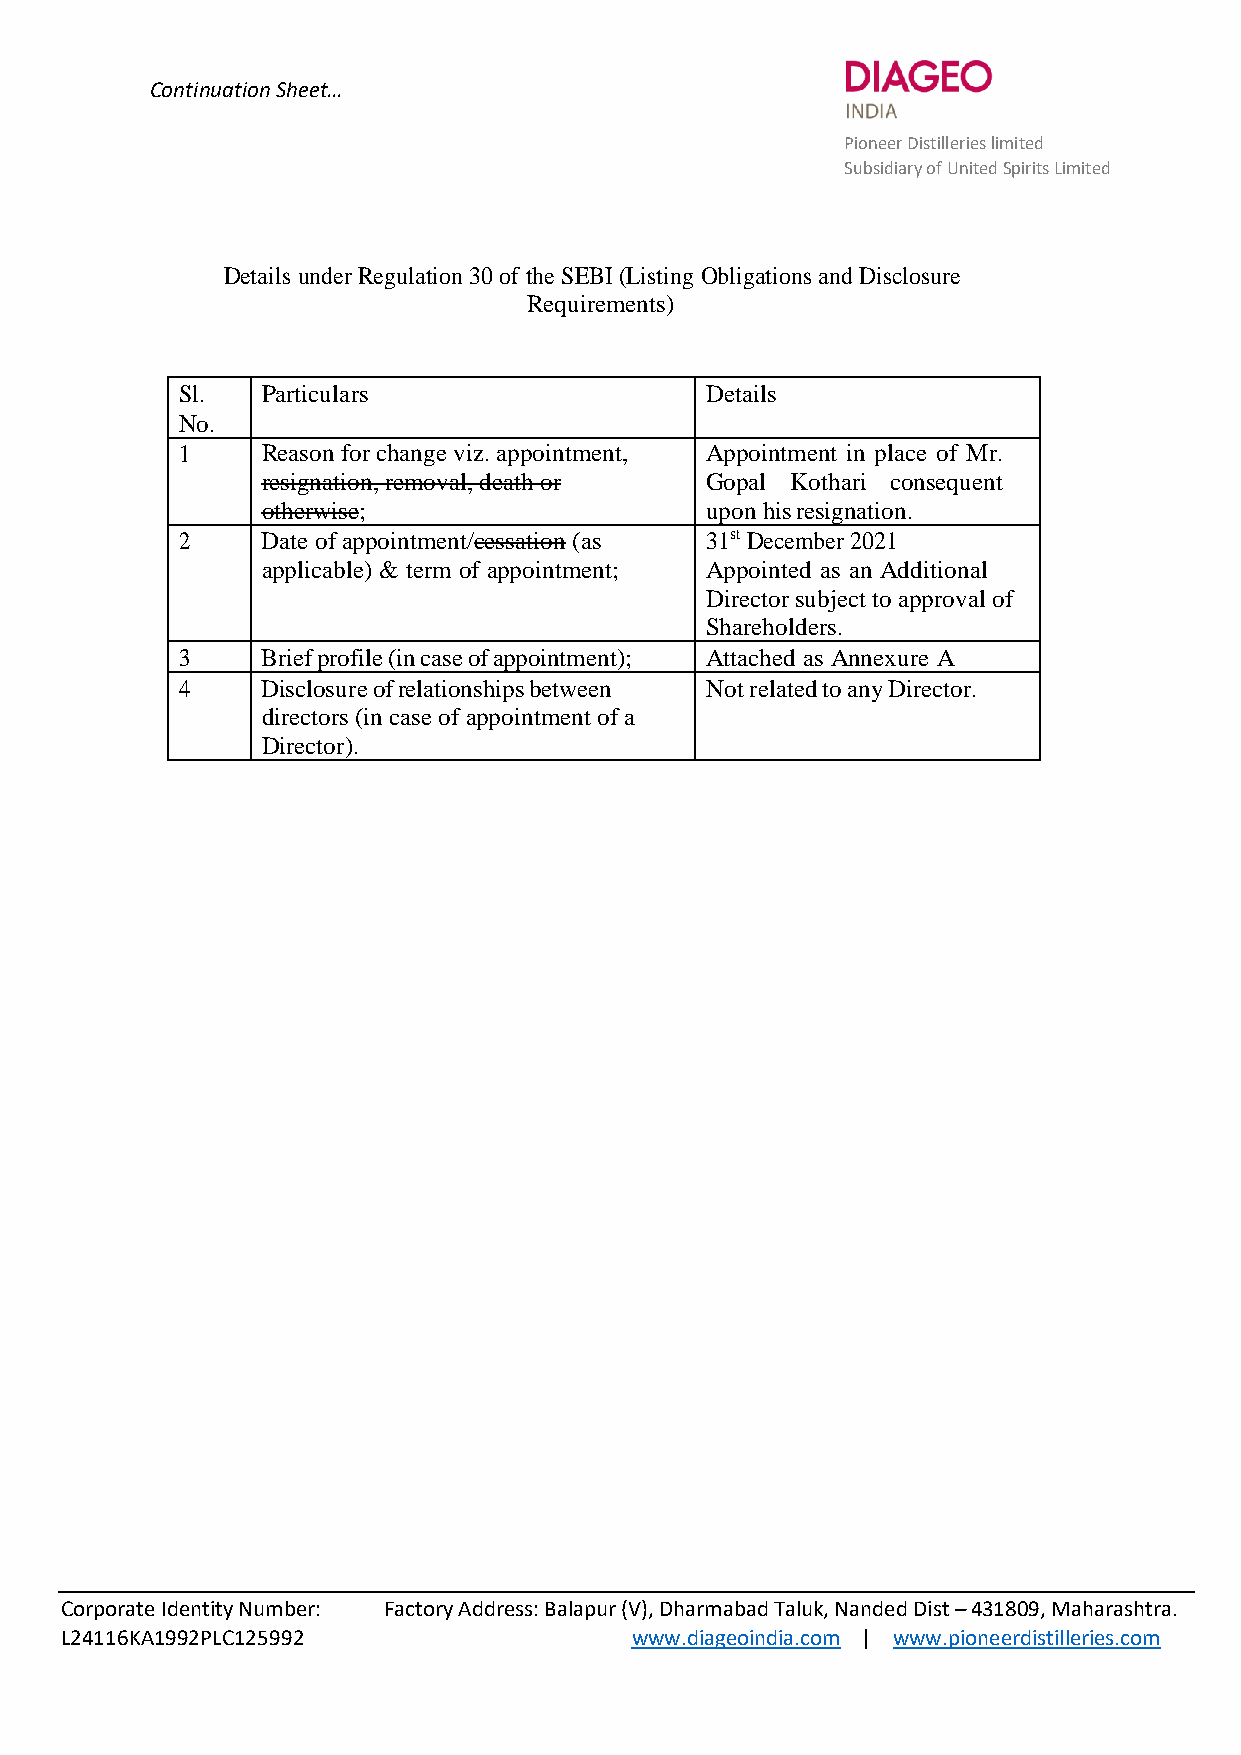
Continuation Sheet…
 Pioneer Distilleries limited
 Subsidiary of United Spirits Limited
 Details under Regulation 30 of the SEBI (Listing Obligations and Disclosure
 Requirements)
 Sl.  Particulars                   Details
 No.
 1    Reason for change viz. appointment, Appointment in place of Mr.
 resignation, removal, death or Gopal Kothari consequent
 otherwise;                    upon his resignation.
 2    Date of appointment/cessation (as 31st December 2021
 applicable) & term of appointment; Appointed as an Additional
 Director subject to approval of
 Shareholders.
 3    Brief profile (in case of appointment); Attached as Annexure A
 4    Disclosure of relationships between Not related to any Director.
 directors (in case of appointment of a
 Director).
 Corporate Identity Number: Factory Address: Balapur (V), Dharmabad Taluk, Nanded Dist – 431809, Maharashtra.
 L24116KA1992PLC125992                 www.diageoindia.com | www.pioneerdistilleries.com